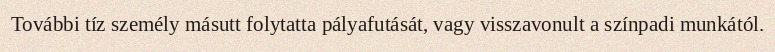
További tíz személy másutt folytatta pályafutását, vagy visszavonult a színpadi munkától.